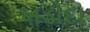
ખડોદા